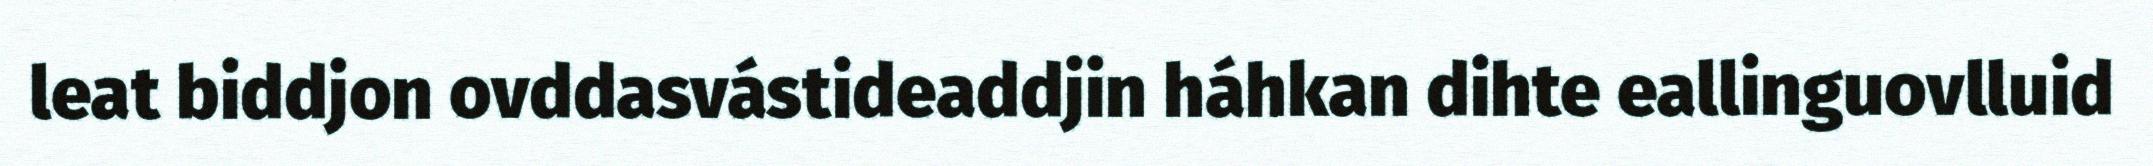
leat biddjon ovddasvástideaddjin háhkan dihte eallinguovlluid